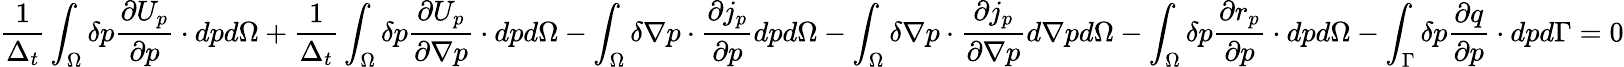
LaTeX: \frac{1}{\Delta_{t}}\int_{\Omega}{\delta p\frac{\partial U_{p}}{\partial p}\cdot dp}d\Omega+\frac{1}{\Delta_{t}}\int_{\Omega}{\delta p\frac{\partial U_{p}}{\partial\nabla p}\cdot dp}d\Omega-\int_{\Omega}{\delta\nabla p\cdot\frac{\partial j_{p}}{\partial p}dp}d\Omega-\int_{\Omega}{\delta\nabla p\cdot\frac{\partial j_{p}}{\partial\nabla p}d\nabla p}d\Omega-\int_{\Omega}{\delta p\frac{\partial r_{p}}{\partial p}\cdot dp}d\Omega-\int_{\Gamma}{\delta p\frac{\partial q}{\partial p}\cdot dp}d\Gamma=0